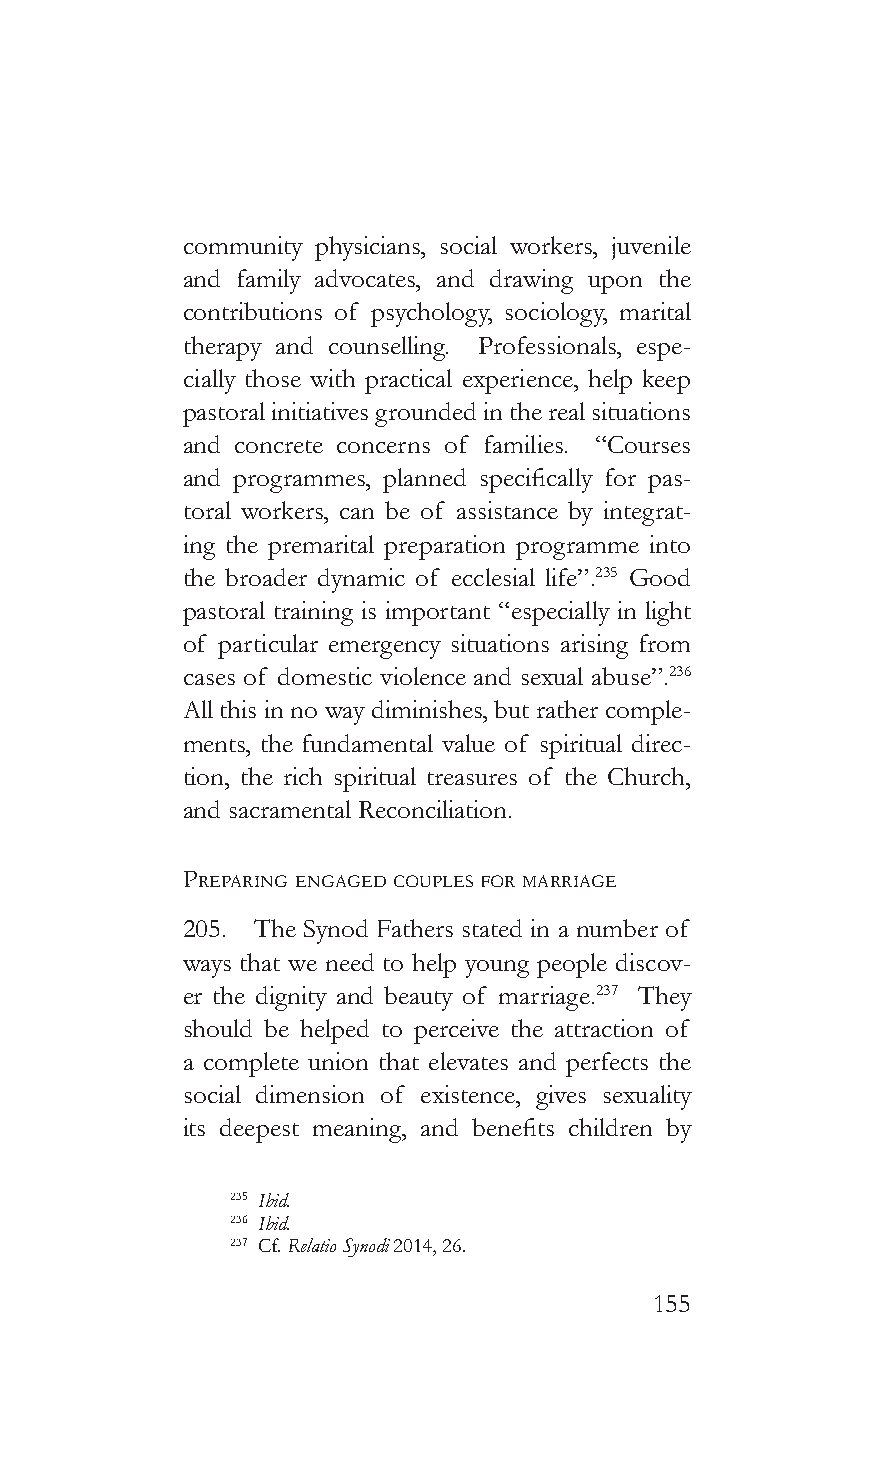
community physicians, social workers, juvenile
 and family advocates, and drawing upon the
 contributions of psychology, sociology, marital
 therapy and counselling. Professionals, espe-
 cially those with practical experience, help keep
 pastoral initiatives grounded in the real situations
 and concrete concerns of families. “Courses
 and programmes, planned specifically for pas-
 toral workers, can be of assistance by integrat-
 ing the premarital preparation programme into
 the broader dynamic of ecclesial life”.235 Good
 pastoral training is important “especially in light
 of particular emergency situations arising from
 cases of domestic violence and sexual abuse”.236
 All this in no way diminishes, but rather comple-
 ments, the fundamental value of spiritual direc-
 tion, the rich spiritual treasures of the Church,
 and sacramental Reconciliation.
 preparinG enGaGed coupLes for marriaGe
 205. The Synod Fathers stated in a number of
 ways that we need to help young people discov-
 er the dignity and beauty of marriage.237 They
 should be helped to perceive the attraction of
 a complete union that elevates and perfects the
 social dimension of existence, gives sexuality
 its deepest meaning, and benefits children by
 235 Ibid.
 236 Ibid.
 237 Cf. Relatio Synodi 2014, 26.
 155